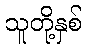
သူတို့နှစ်